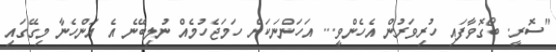
"ސޮރީ. ބޯގޮވާފައި ހުރިވަރުން އެހެންވީ... އަހަންނަކަށް ހަމަޖެހުމެއް ނުލިބޭނެ އެ އަންހެނާ މިގޭގައި